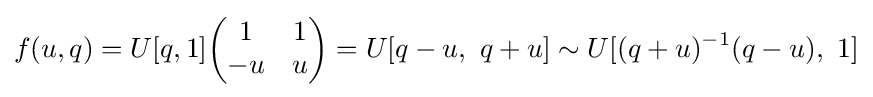
f(u,q)=U[q,1]{\begin{pmatrix}1&1\\-u&u\end{pmatrix}}=U[q-u,\ q+u]\sim U[(q+u)^{-1}(q-u),\ 1]